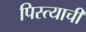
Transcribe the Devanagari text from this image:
पिस्त्याची